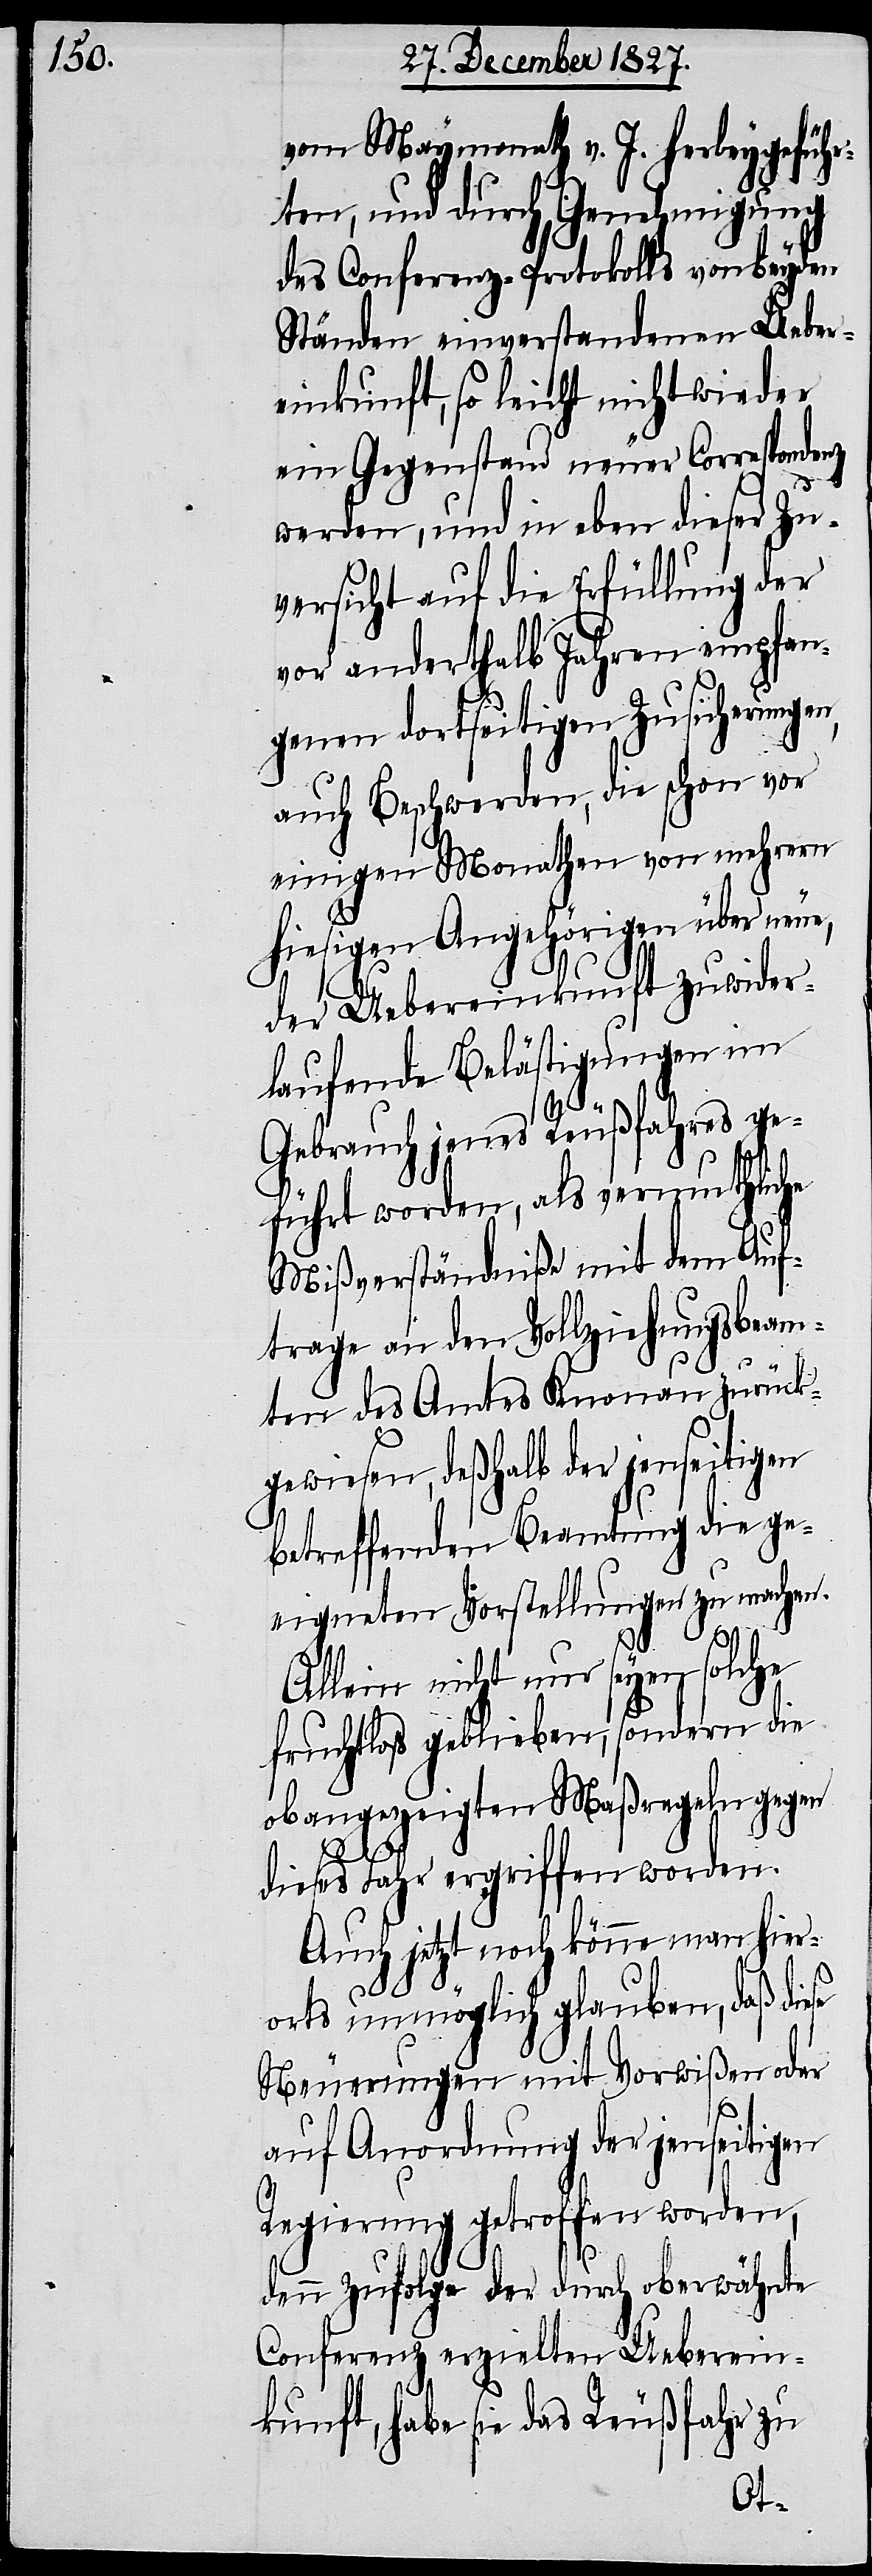
vom Maymonath v. J. herbeygeführ¬
ten, und durch Genehmigung
des Conferenz-Protokolls von beyden
Ständen einverstandenen Ueber¬
einkunft, so leicht nicht wieder
ein Gegenstand neuer Correspondenz
werden, und in eben dieser Zu¬
versicht auf die Erfüllung der
vor anderthalb Jahren empfan¬
genen dortseitigen Zusicherungen,
auch Beschwerden, die schon vor
einigen Monathen von mehrern
hiesigen Angehörigen über neue,
der Uebereinkunft zuwider¬
laufende Belästigungen im
se
Gebrauch jenes Reußfahres ge¬
führt worden, als vermuthliche
Mißverständniße mit dem Auf¬
trage an den Vollziehungsbeam¬
ten des Amtes Knonau zurück¬
gewiesen, deßhalb der jenseitigen
betreffenden Beamtung die ge¬
eigneten Vorstellungen zu machen.
Allein nicht nur seyen solche
fruchtlos geblieben, sondern die
obangezeigten Maßregeln gegen
dieses Fahr ergriffen worden.
Auch jetzt noch könne man hier¬
orts unmöglich glauben, daß die¬
Neuerungen mit Vorwißen oder
auf Anordnung der jenseitigen
Regierung getroffen worden,
denn zufolge des durch oberwähnte
Conferenz erzielten Ueberein¬
kunft, habe sie das Reußfahr zu